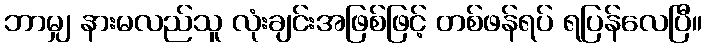
ဘာမျှ နားမလည်သူ လုံးချင်းအဖြစ်ဖြင့် တစ်ဖန်ရပ် ရပြန်လေပြီ။